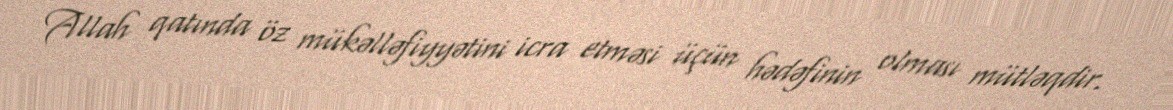
Allah qatında öz mükəlləfiyyətini icra etməsi üçün hədəfinin olması mütləqdir.